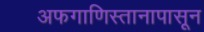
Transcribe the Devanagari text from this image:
अफगाणिस्तानापासून